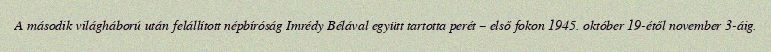
A második világháború után felállított népbíróság Imrédy Bélával együtt tartotta perét – első fokon 1945. október 19-étől november 3-áig.